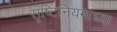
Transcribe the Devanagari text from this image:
सृष्टिनियमांच्या